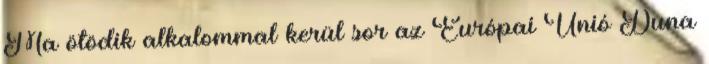
Ma ötödik alkalommal kerül sor az Európai Unió Duna